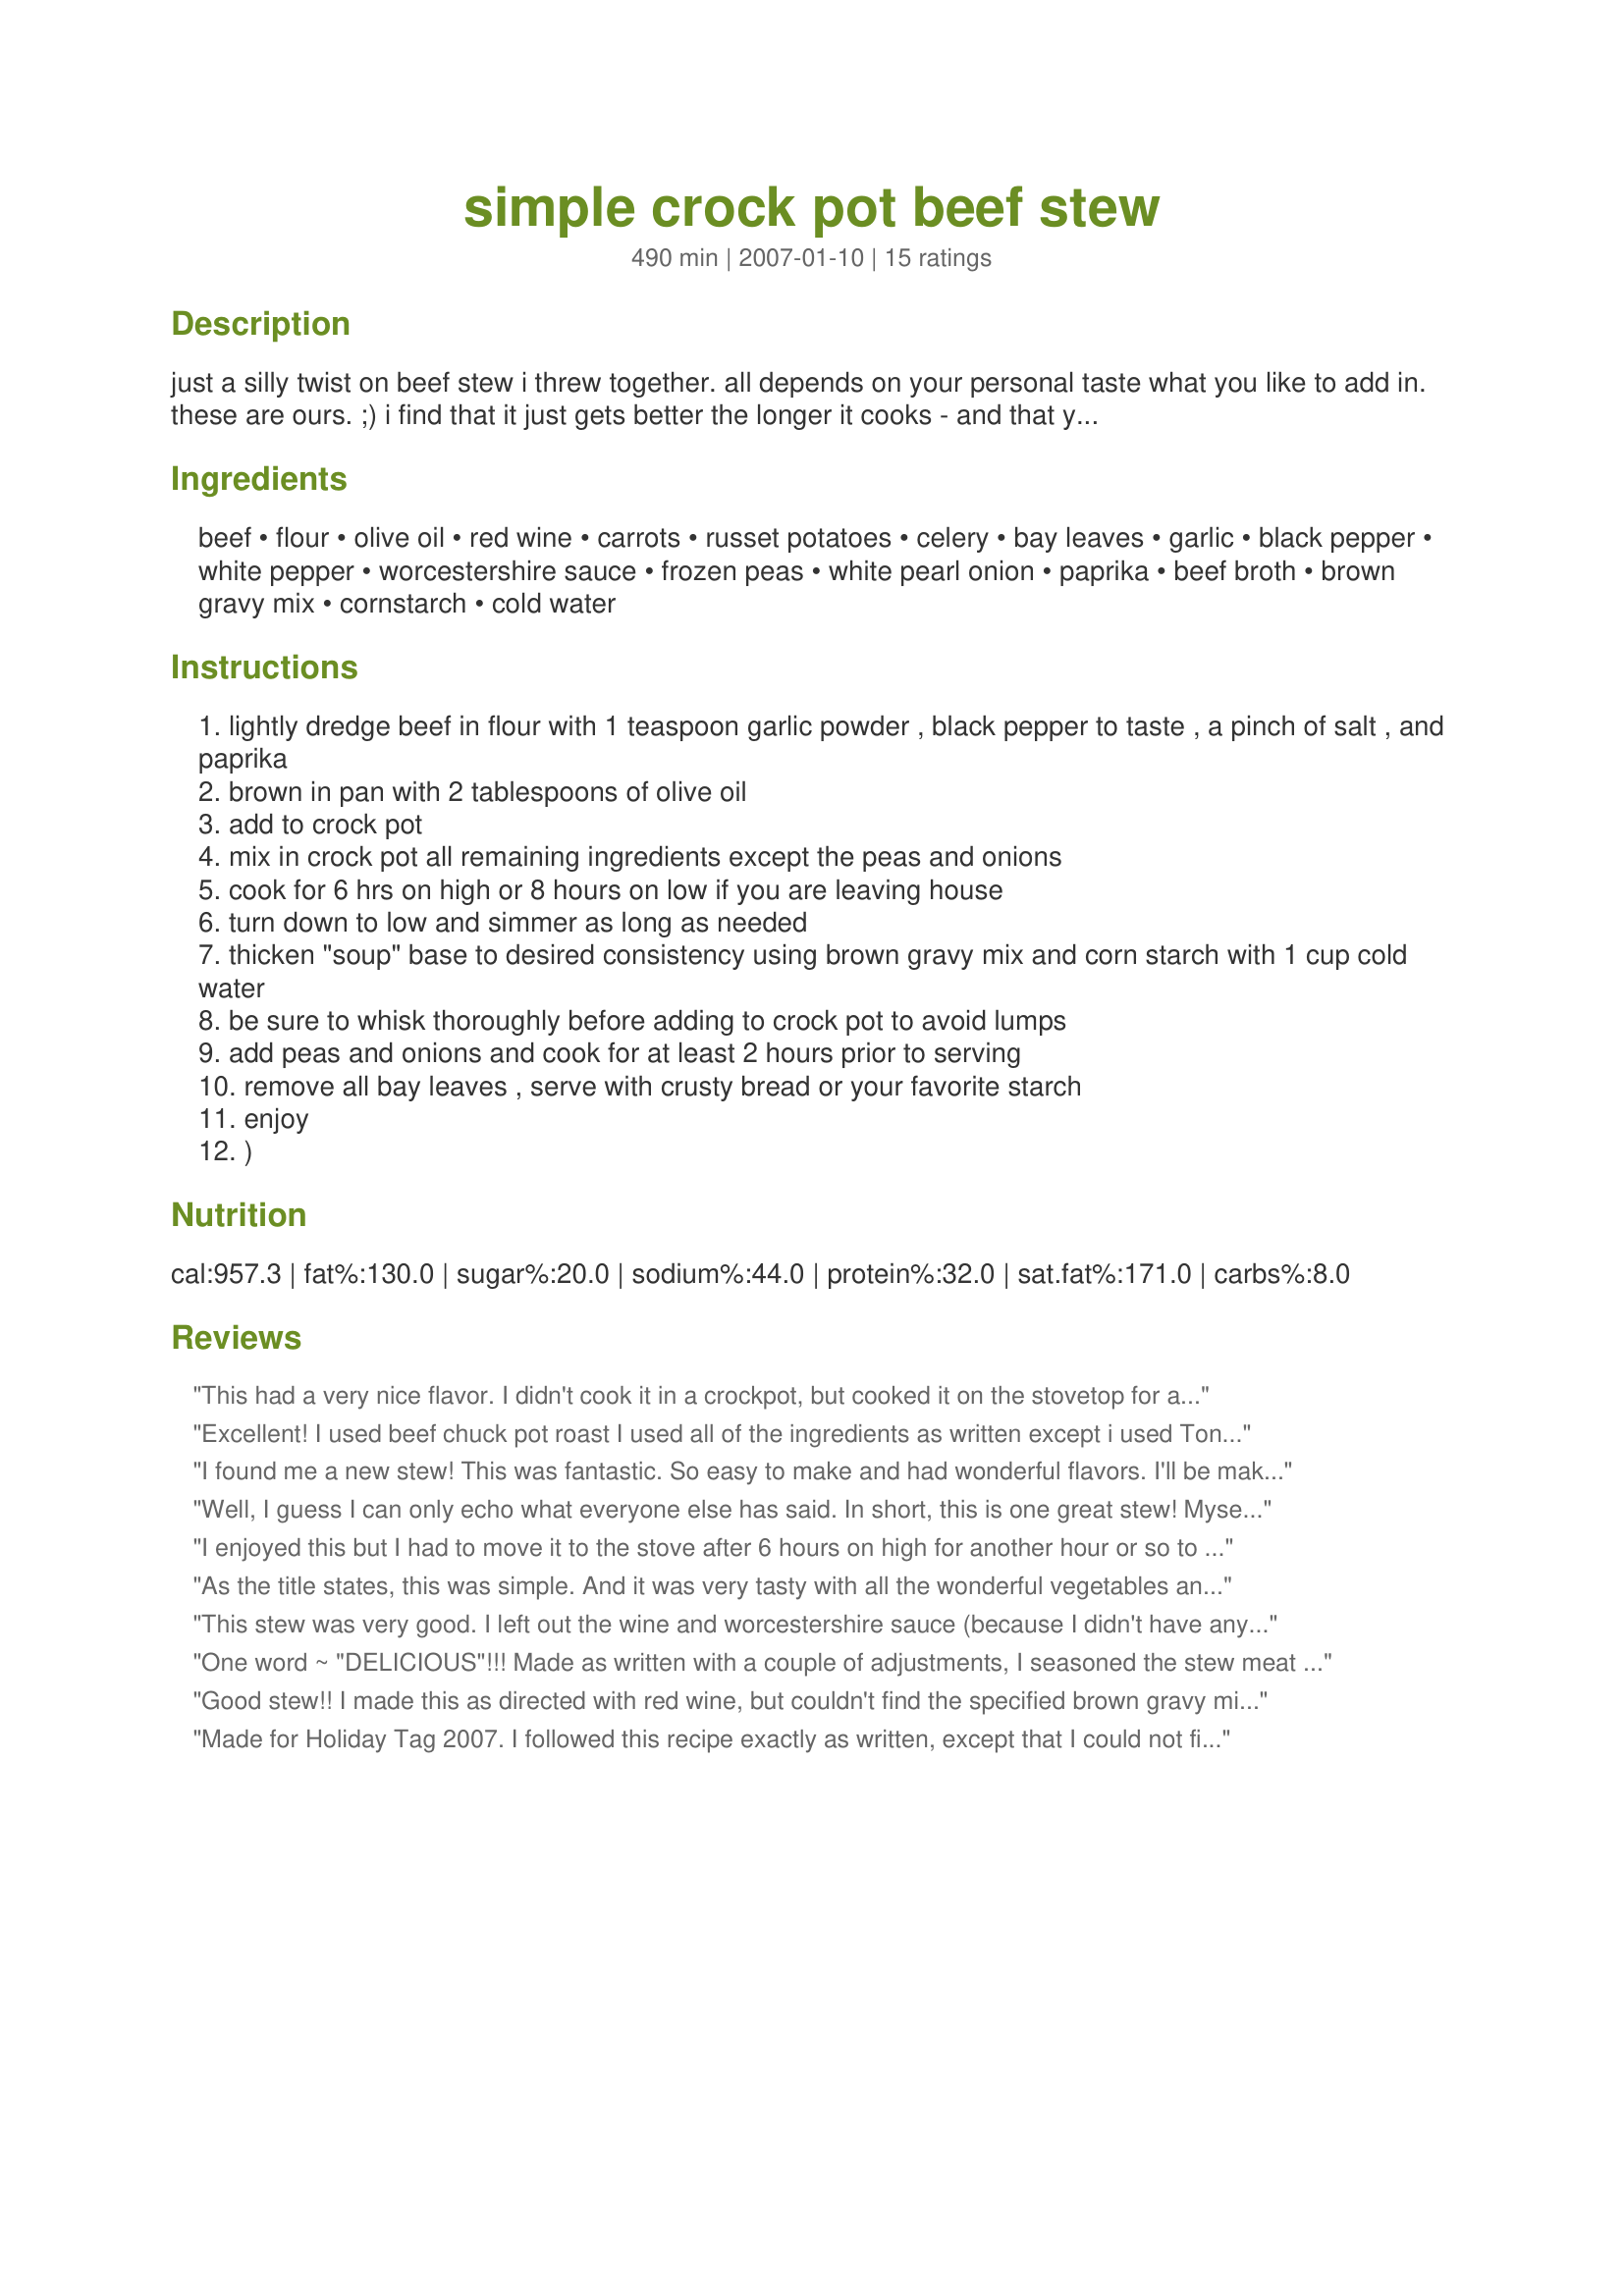
simple crock pot beef stew
Preparation time: 490 minutes

just a silly twist on beef stew i threw together. all depends on your personal taste what you like to add in. these are ours. ;) i find that it just gets better the longer it cooks - and that you can sort of use the cooking times as "guidelines". sometimes i start out the night before while making another quick meal (i made it during my
recipe #204245) and let it go slowly over night for the next evening's meal - the picture i posted is from that. ***note: (i tend to be heavy handed when i shake or pour spices so measurements are approx. go by your own tastes)

Ingredients:
beef, flour, olive oil, red wine, carrots, russet potatoes, celery, bay leaves, garlic, black pepper, white pepper, worcestershire sauce, frozen peas, white pearl onion, paprika, beef broth, brown gravy mix, cornstarch, cold water

Steps:
lightly dredge beef in flour with 1 teaspoon garlic powder , black pepper to taste , a pinch of salt , and paprika
brown in pan with 2 tablespoons of olive oil
add to crock pot
mix in crock pot all remaining ingredients except the peas and onions
cook for 6 hrs on high or 8 hours on low if you are leaving house
turn down to low and simmer as long as needed
thicken "soup" base to desired consistency using brown gravy mix and corn starch with 1 cup cold water
be sure to whisk thoroughly before adding to crock pot to avoid lumps
add peas and onions and cook for at least 2 hours prior to serving
remove all bay leaves , serve with crusty bread or your favorite starch
enjoy
)

Reviews:
This had a very nice flavor. I didn't cook it in a crockpot, but cooked it on the stovetop for about 3 hours. Also, I used a combination of beef broth and red wine vinegar for the red wine. Made for ZWTIII
Excellent! I used beef chuck pot roast I used all of the ingredients as written except i used Tony Cachere's Cajun spice mix rather than the brown gravy mix. I made this in a clay pot and cooked it in the oven. The pearl onions were something that i have never cooked with and i used them here-- loved them. This recipe is a keeper and i will make it again. Made for zw7
I found me a new stew! This was fantastic. So easy to make and had wonderful flavors. I'll be making this all winter for sure. I love my crockpot, and this recipe goes right into the cookbook! Thanks for sharing. Made exact and it was delish! ~V
Well, I guess I can only echo what everyone else has said. In short, this is one great stew! Myself and my 3 guys wiped it all out in one sitting!
I enjoyed this but I had to move it to the stove after 6 hours on high for another hour or so to reduce a bit. I also needed to add alot more corn starch in order for it to thicken. Next time I make it, I'll be cutting the liquid back a bit, and starting it the night before so it has a long time to cook. I have a pretty large crock pot, and I find it to be on the hot side, and it was almost full to the top. Makes a ton!
As the title states, this was simple. And it was very tasty with all the wonderful vegetables and herbs set against the flavorful worcestershire sauce and red wine. And the brown gravy mix not only added more beef flavoring but also served to thicken up the stew nicely. Thank you for sharing your recipe, Mommy Diva. Made for Zaar World Tour #6.
This stew was very good. I left out the wine and worcestershire sauce (because I didn't have any). I would make this again.
One word ~ "DELICIOUS"!!! Made as written with a couple of adjustments, I seasoned the stew meat with Cavender's All Purpose Greek Seasoning (salt free) then browned without the flour, only used 32 ounces of beef broth and about 1 1/2 cups red wine, cooked on high for the first hour then switched to low for 5 hours, after adding the pearl onions and button mushrooms in place of peas, switched back to high for the last 2 hours, I thickened the sauce with a cornstarch slurry mixed with a teaspoon of Gravy Master. Perfect beef stew so tender and flavorful! Thanks for sharing the fabulous recipe. Made for Mommy Diva's Cook-A-Thon 2012 ~ Fight Like a Girl!
Good stew!! I made this as directed with red wine, but couldn't find the specified brown gravy mix, so I used a peppercorn brown gravy mix instead. I think I must have filled my crockpot too full because I had trouble getting the potatoes to cook all of the way through in this timeframe. Very good taste with lots of veggies. Thanks Mommy.
Made for Holiday Tag 2007. I followed this recipe exactly as written, except that I could not find Tony Cachere's Cajun Brown Gravy Mix so I had to use a regular brown gravy mix. This really hits the spot on a cold winter night. I put everything in the crock pot in the morning, and when it was time for dinner there was a delicious, satisfying meal waiting for me. I will be making this often during the cold months ahead. Thanks for another great recipe, Chelle.
Wonderful stew! I used fajita meat and added turnip, rutabaga, and fresh pearl onions. I also used regular brown gravy mix and Merlot for the wine. My potatoes were a mix of purple, red, and white baby potatoes that I cut in half. We really enjoyed this and will make it again. Thanks for sharing. Made for ZWT7-Switzerland.
Mmmmm, very nice! I used regular gravy mix and brown onions because I couldn't get either of the listed varieties locally. Only other change I made was using around a tablespoon of cornstarch because I like stews fairly thick and it made a great one-dish meal.
tried it and this was a big hit even my 4 year old loved it. I did not put any wine though.
I made this for yesterday's dinner and we all enjoyed it a lot! I made my gravy thicker like Peter J and also browned my onions. It came out sooo good! I also used canned peas! And I left out the Worcestershire sauce and the wine. I'm not a big fan of Worcestershire and I didn't have any wine. Thanks for sharing, it was a great dinner and will be eating the leftovers tonight! :)
Excellent... Made a few changes... Left out potatoes, deglazed the pan used to brown meat with the wine, added the garlic to the pan, and other liquids, then added all of that to the crock pot. I forgot to add the bay leaves. I also didn&#039;t add the brown gravy mix, or the cornstarch paste mix. instead I added some Maggie seasoning. It had a wonderful flavor....will definitely make this one again!
